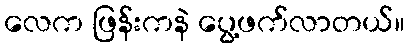
လေက ဖြန်းကနဲ ပွေ့ဖက်လာတယ်။